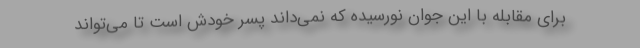
برای مقابله با این جوان نورسیده که نمی‌داند پسر خودش است تا می‌تواند